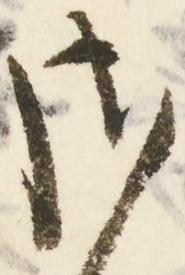
さ